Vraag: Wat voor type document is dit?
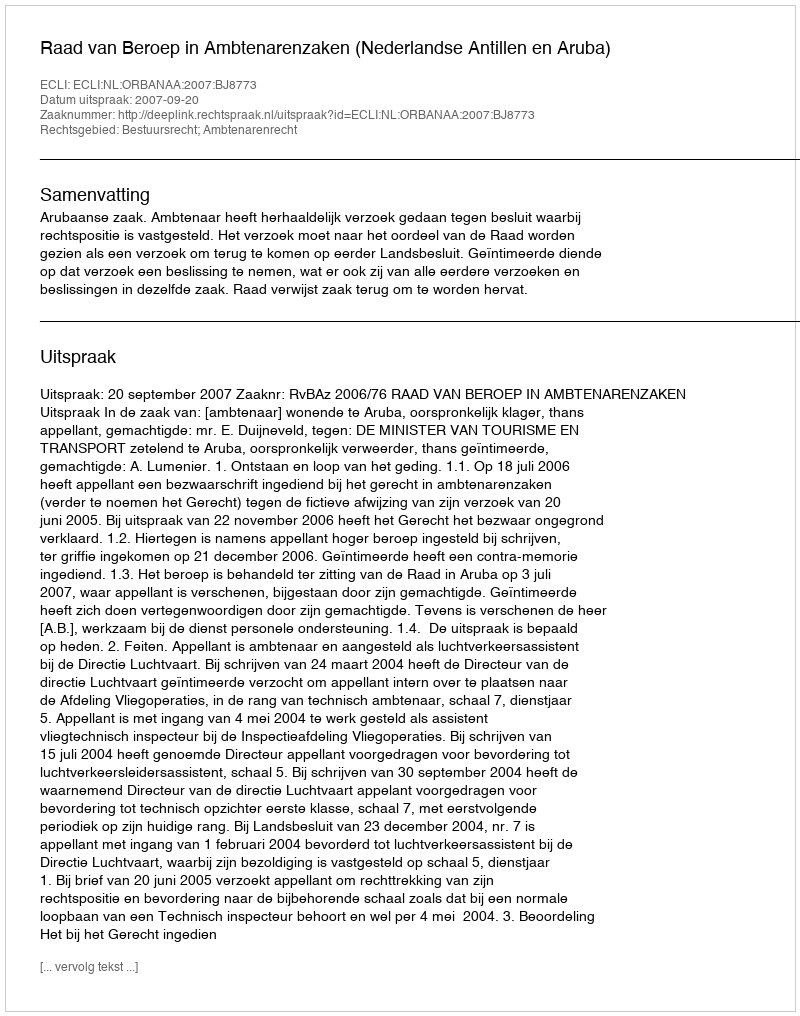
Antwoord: Uitspraak